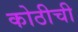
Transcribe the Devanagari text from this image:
कोठीची